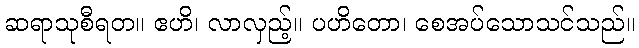
ဆရာသုစီရတ။ ဧဟိ၊ လာလှည့်။ ပဟိတော၊ စေအပ်သောသင်သည်။